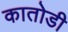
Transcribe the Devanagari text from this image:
कातोडी